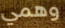
وهمي